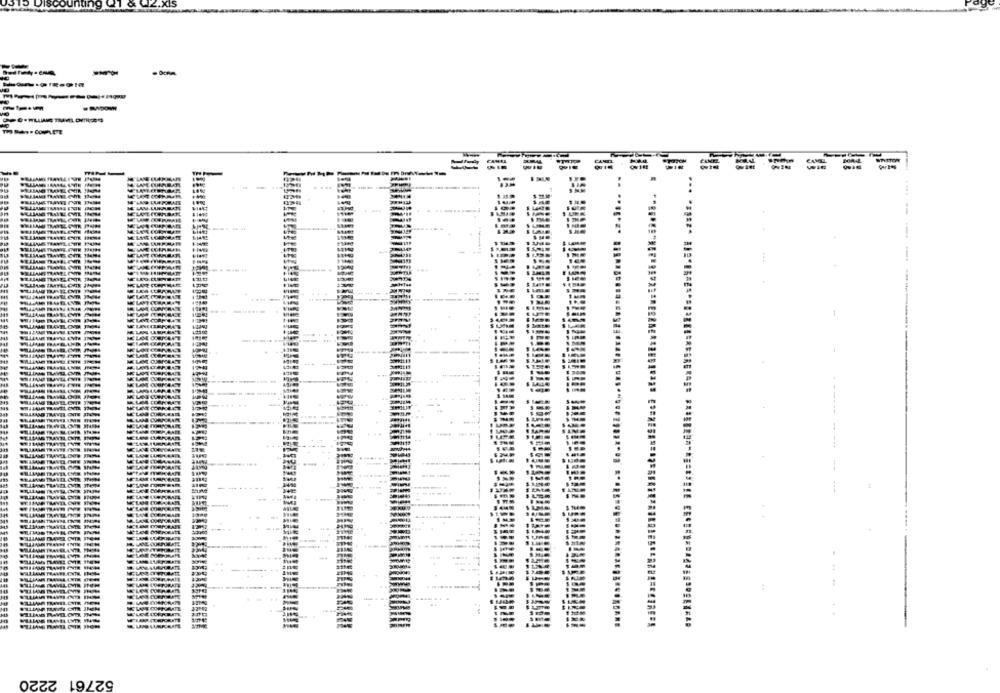
.x15
TH MAY. COMPLETE
CANUL
...
. ........
-----
:
52761 2220